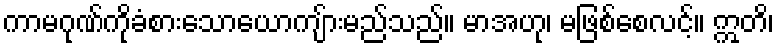
ကာမဂုဏ်ကိုခံစားသောယောကျ်ားမည်သည်။ မာအဟု၊ မဖြစ်စေလင့်။ ဣတိ၊